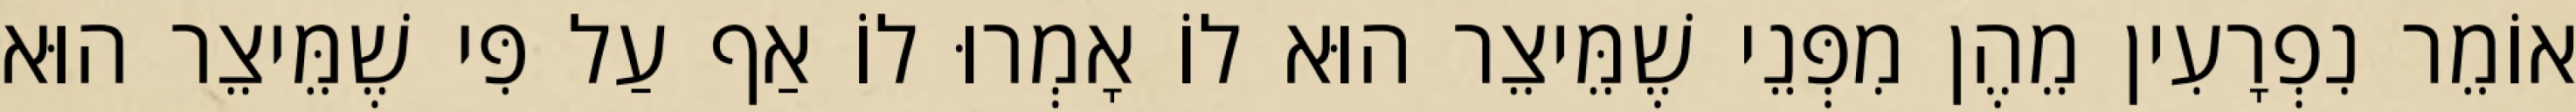
אוֹמֵר נִפְרָעִין מֵהֶן מִפְּנֵי שֶׁמֵּיצֵר הוּא לוֹ אָמְרוּ לוֹ אַף עַל פִּי שֶׁמֵּיצֵר הוּא